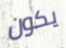
يكون